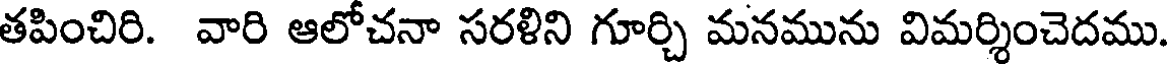
తపించిరి. వారి ఆలోచనా సరళిని గూర్చి మనమును విమర్శించెదము